Cholera in southern India
Disease focus: Cholera
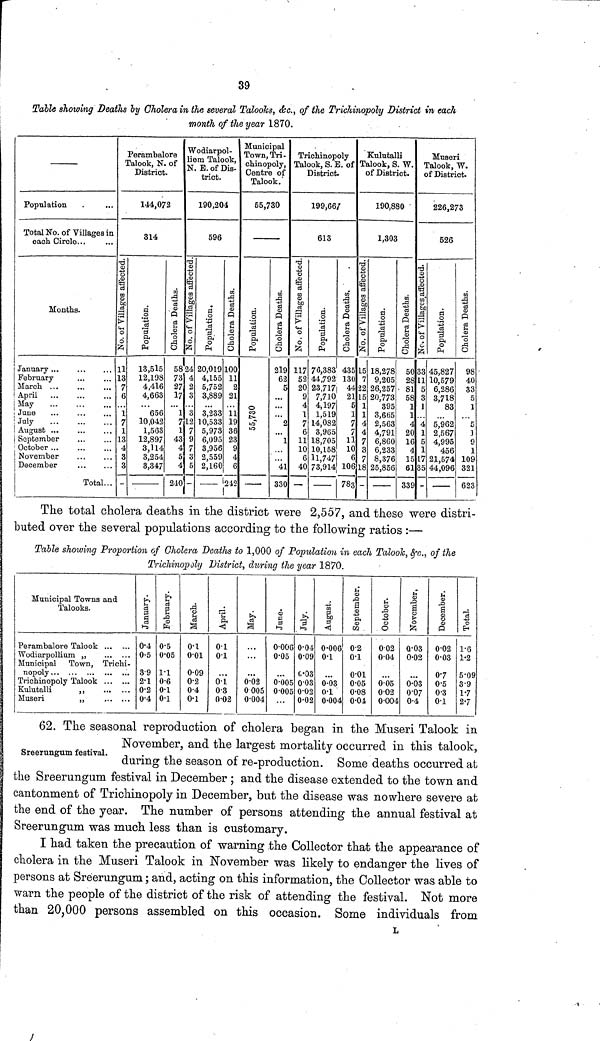
39
Table showing Deaths by Cholera in the several Talooks, &c., of the Trichinopoly District in each
month of the year 1870.
Population ...
Total No. of Villages in
each. Circle... ...
Months.
January... ... ...
February ... ...
March ... ... ...
April
...
...
...
May
...
...
...
June ... ... ...
July
...
...
...
August ... ... ...
September ... ...
October ... ... ...
November ... ...
December ... ...
Total...
Perambalore
Talook, N. of
District.
144,072
314
No. of villages affected.
11
13
7
6
1
7
1
13
4
3
3
-
Population.
13,515
12,198
4,416
4,663
656
10,042
1,563
12,897
3,114
3,254
3,347
--------
Cholera Deaths.
58
73
27
17
1
7
1
43
4
5
4
240
Wodiarpol-
liem Talook,
N. E. of Dis-
trict.
190,204
596
No. of Villages affected.
24
4
2
3
3
12
7
9
7
3
5
-
Population.
20,019
4,155
5,752
3,889
3,233
10,533
5,973
6,095
3,956
2,559
2,160
Cholera Deaths.
100
11
2
21
11
19
36
23
9
4
6
242
Municipal
Town,Tri-
chinopoly,
Centre of
Talook.
55,730
Population.
55,730
Cholera Deaths.
219
62
5
...
...
2
1
41
330
Trichinopoly
Talook, S. E. of
District.
199,66/
613
No. of Villages affected.
117
52
20
9
4
1
7
6
11
10
6
40
—
Population.
76,383
44,792
23,717
7,710
4,197
1,519
14,082
3,965
18,705
10,158
11,747
73,914
-----
Cholera Deaths.
435
130
44
21
1
7
7
11
10
6
106
783
Kulutalli
Talook, S. W.
of District.
190,880
1,303
No. of Villages affected.
15
7
22
15
1
1
4
4
7
3
7
18
-
Population.
18,278
9,205
26,257
20,773
395
3,665
2,563
4,791
6,860
6,233
8,376
25,856
-----
Cholera Deaths.
50
28
81
58
1
1
4
20
16
4
15
61
339
Museri
Talook, W.
of District.
226,273
526
No. of Villages affected.
33
11
5
3
1
... 4
1
5
1
17
35
-
Population.
45,827
10,579
6,286
3,718
83
...
5,962
2,567
4,995
456
21,574
44,096
Cholera Deaths.
98
40
33
5
1
...
5
1
9
1
109
321
623
The total cholera deaths in the district were 2,557, and these were distri-
buted over the several populations according to the following ratios :—
Table showing Proportion of Cholera Deaths to 1,000 of Population in each Talook, &c., of the
Trichinopoly District, during the year 1870.
Municipal Towns and
Talooks.
Perambalore Talook ... ...
Wodiarpollium „
...
...
Municipal Town, Trichi-
nopoly... ... ... ... ...
Trichinopoly Talook ... ...
Kulutalli
,,
...
...
Museri
,,
...
...
January.
0.4
0.5
3.9
2.1
0.2
0.4
February.
0.5
0.05
1.1
0.6
0.1
0.1
March.
0.1
0.01
0.09
0.2
0.4
0.1
April.
0.1
0.1
...
0.1
0.3
0.02
May.
...
...
...
0.02
0.005
0.004
June.
0.006
0.05
...
0.005
0.005
...
July.
0.04
0.09
0.03
0.03
0.02
0.02
August.
0.006
0.1
...
0.03
0.1
0.004
September.
0.2
0.1
0.01
0.05
0.08
0.04
October.
0.02
0.04
...
0.05
0.02
0.004
November.
0.03
0.02
...
0.03
0.07
0.4
December.
0.02
0.03
0.7
0.5
0.3
0.1
Total.
1.6
1.2
5.09
3.9
1.7
2.7
Sreerungum festival.
62. The seasonal reproduction of cholera began in the Museri Talook in
November, and the largest mortality occurred in this talook,
during the season of re-production. Some deaths occurred at
the Sreerungum festival in December ; and the disease extended to the town and
cantonment of Trichinopoly in December, but the disease was nowhere severe at
the end of the year. The number of persons attending the annual festival at
Sreerungum was much less than is customary.
I had taken the precaution of warning the Collector that the appearance of
cholera in the Museri Talook in November was likely to endanger the lives of
persons at Sreerungum; and, acting on this information, the Collector was able to
warn the people of the district of the risk of attending the festival. Not more
than 20,000 persons assembled on this occasion. Some individuals from